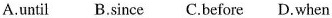
A.until B.Since C.Before D.When